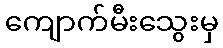
ကျောက်မီးသွေးမှ